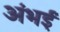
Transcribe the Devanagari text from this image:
अंभई